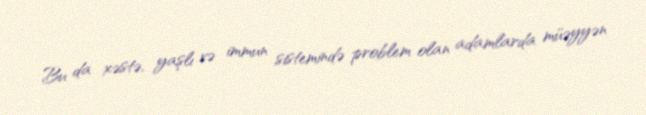
Bu da xəstə, yaşlı və immun sistemində problem olan adamlarda müəyyən